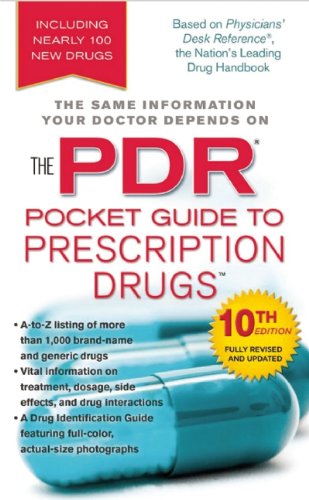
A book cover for The PDR Pocket Guide to Prescription Drugs; PDR Staff; Health, Fitness & Dieting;